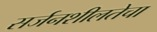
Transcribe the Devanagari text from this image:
सर्जनशीलतेचा